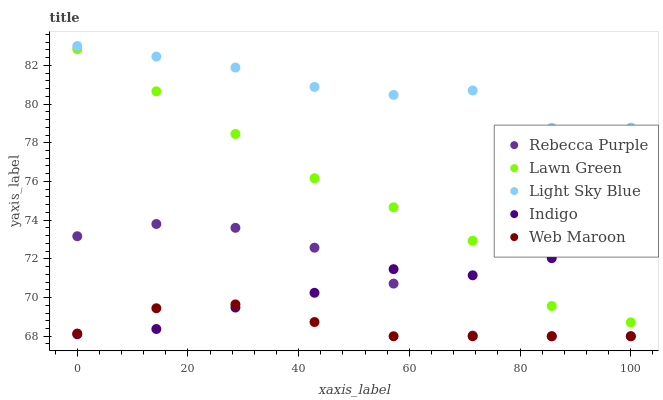
| xaxis_label | Rebecca Purple | Lawn Green | Light Sky Blue | Indigo | Web Maroon |
 | --- | --- | --- | --- | --- | --- |
 | 0 | 73.2 | 82.8 | 83 | 68.1 | 68.1 |
 | 14.3 | 73.8 | 80.7 | 82.5 | 68.4 | 69.4 |
 | 28.6 | 73.6 | 78.5 | 81.9 | 69.5 | 69.6 |
 | 42.9 | 72.6 | 76.2 | 80.9 | 70.2 | 68.7 |
 | 57.1 | 70.7 | 74.7 | 80.5 | 71.5 | 68 |
 | 71.4 | 68 | 72.9 | 80.7 | 71.2 | 68 |
 | 85.7 | 68 | 69.6 | 78.8 | 72 | 68 |
 | 100 | 68 | 68.7 | 78.8 | 72.5 | 68 |